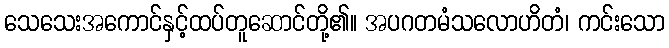
သေသေးအကောင်နှင့်ထပ်တူဆောင်တို့၏။ အပဂတမံသလောဟိတံ၊ ကင်းသော